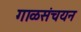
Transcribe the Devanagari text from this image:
गाळसंचयन